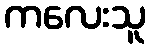
ကလေးသူ